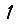
Digit: 1